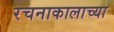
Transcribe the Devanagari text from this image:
रचनाकालाच्या